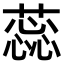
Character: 蕊